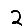
Digit: 2